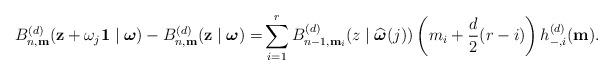
LaTeX: \begin{align*}B_{n,\mathbf{m}}^{(d)}(\mathbf{z}+\omega_{j}\mathbf{1}\mid {\boldsymbol{\omega}})-B_{n,\mathbf{m}}^{(d)}(\mathbf{z}\mid {\boldsymbol{\omega}})=& \sum_{i=1}^{r} B_{n-1,\mathbf{m}_{i}}^{(d)}(z\mid \widehat{{\boldsymbol{\omega}}}(j)) \left(m_{i}+\frac{d}{2}(r-i)\right) h_{-,i}^{(d)}(\mathbf{m}).\end{align*}